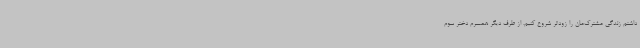
داشتم زندگی مشترک‌مان را زودتر شروع کنیم. از طرف دیگر همسرم دختر سوم